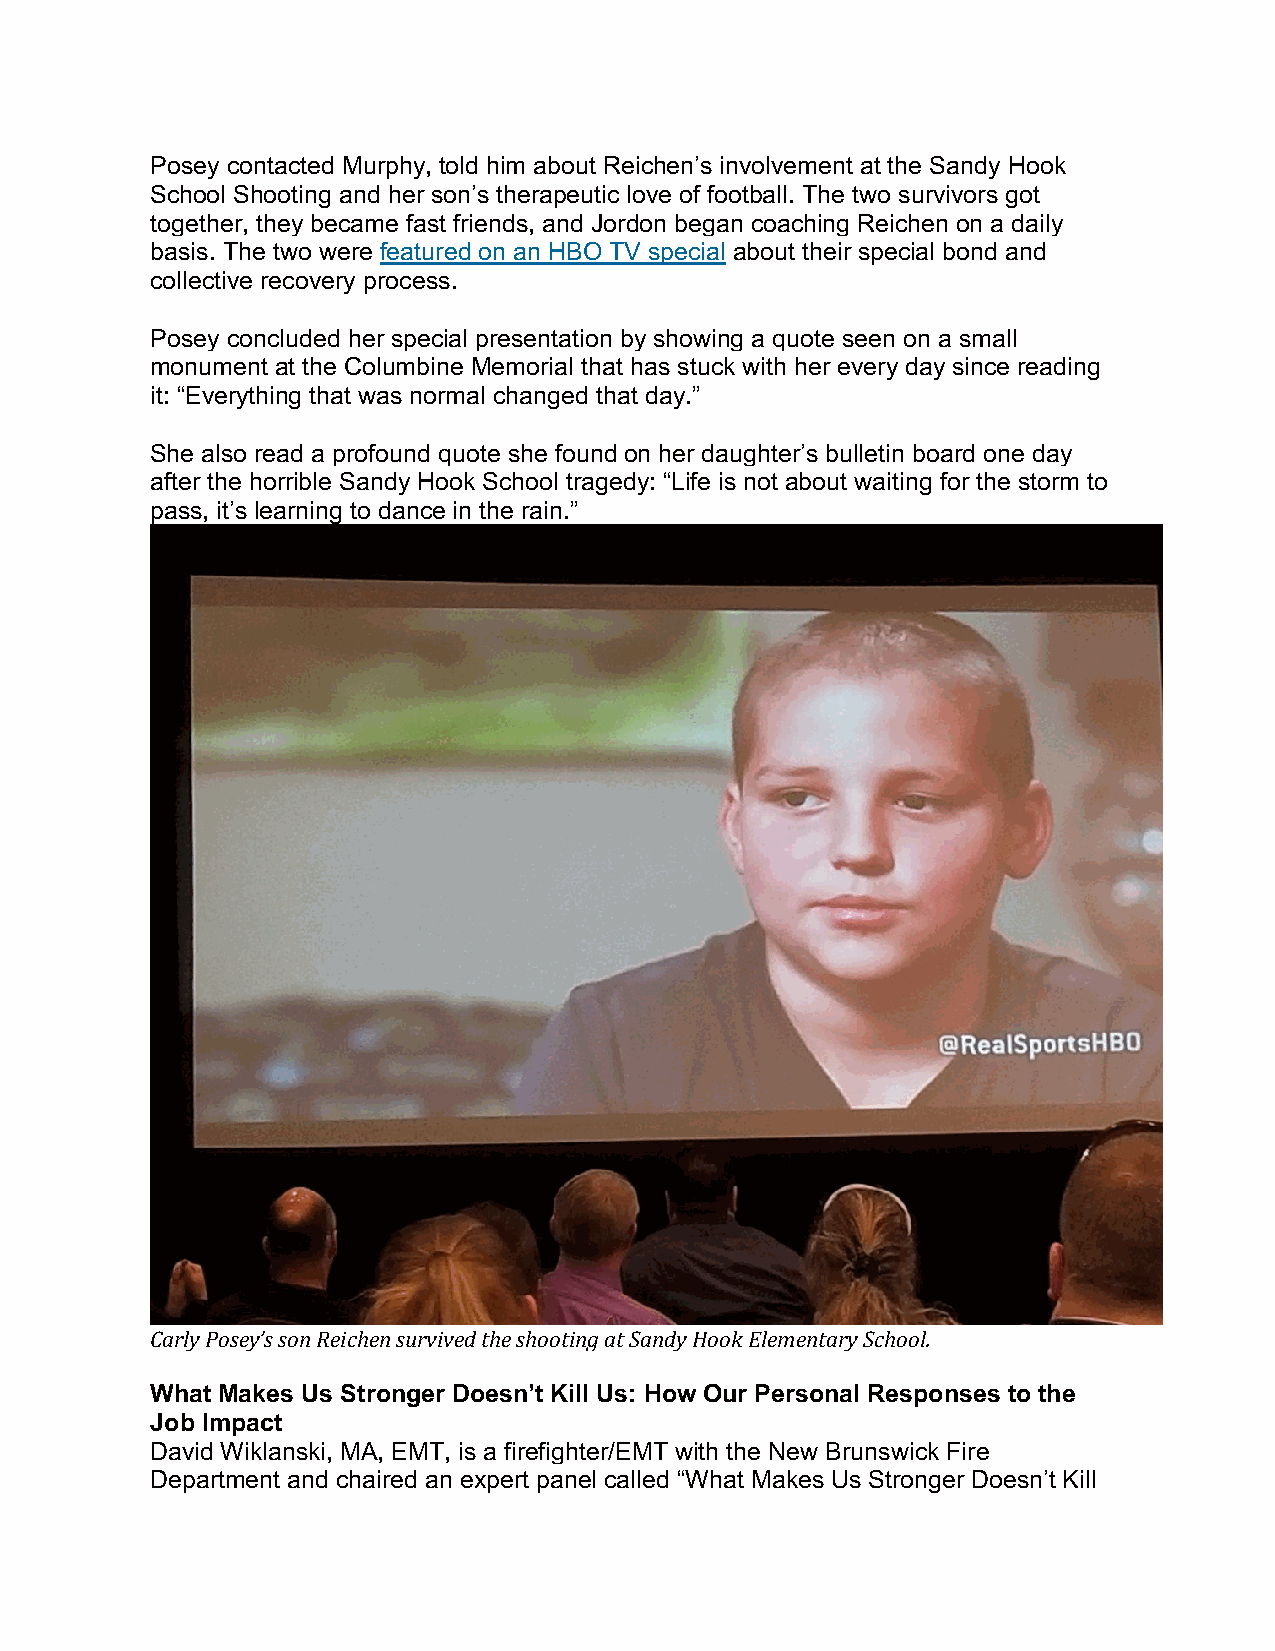
Posey contacted Murphy, told him about Reichen’s involvement at the Sandy Hook
 School Shooting and her son’s therapeutic love of football. The two survivors got
 together, they became fast friends, and Jordon began coaching Reichen on a daily
 basis. The two were featured on an HBO TV special about their special bond and
 collective recovery process.
 Posey concluded her special presentation by showing a quote seen on a small
 monument at the Columbine Memorial that has stuck with her every day since reading
 it: “Everything that was normal changed that day.”
 She also read a profound quote she found on her daughter’s bulletin board one day
 after the horrible Sandy Hook School tragedy: “Life is not about waiting for the storm to
 pass, it’s learning to dance in the rain.”
 Carly Posey’s son Reichen survived the shooting at Sandy Hook Elementary School.
 What Makes Us Stronger Doesn’t Kill Us: How Our Personal Responses to the
 Job Impact
 David Wiklanski, MA, EMT, is a firefighter/EMT with the New Brunswick Fire
 Department and chaired an expert panel called “What Makes Us Stronger Doesn’t Kill